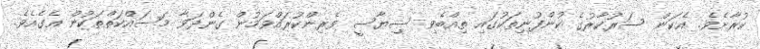
ކުރާށެވެ. އެކަން ސަރުކާރުގެ ކުންފުނިތަކުގައި ތިއްބެވި ސިޔާސީ ވެރިންކުރައްވަމުން ގެންދަވާ މަސައްކަތްތަކުން އެގެއެވެ.